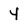
Character: y